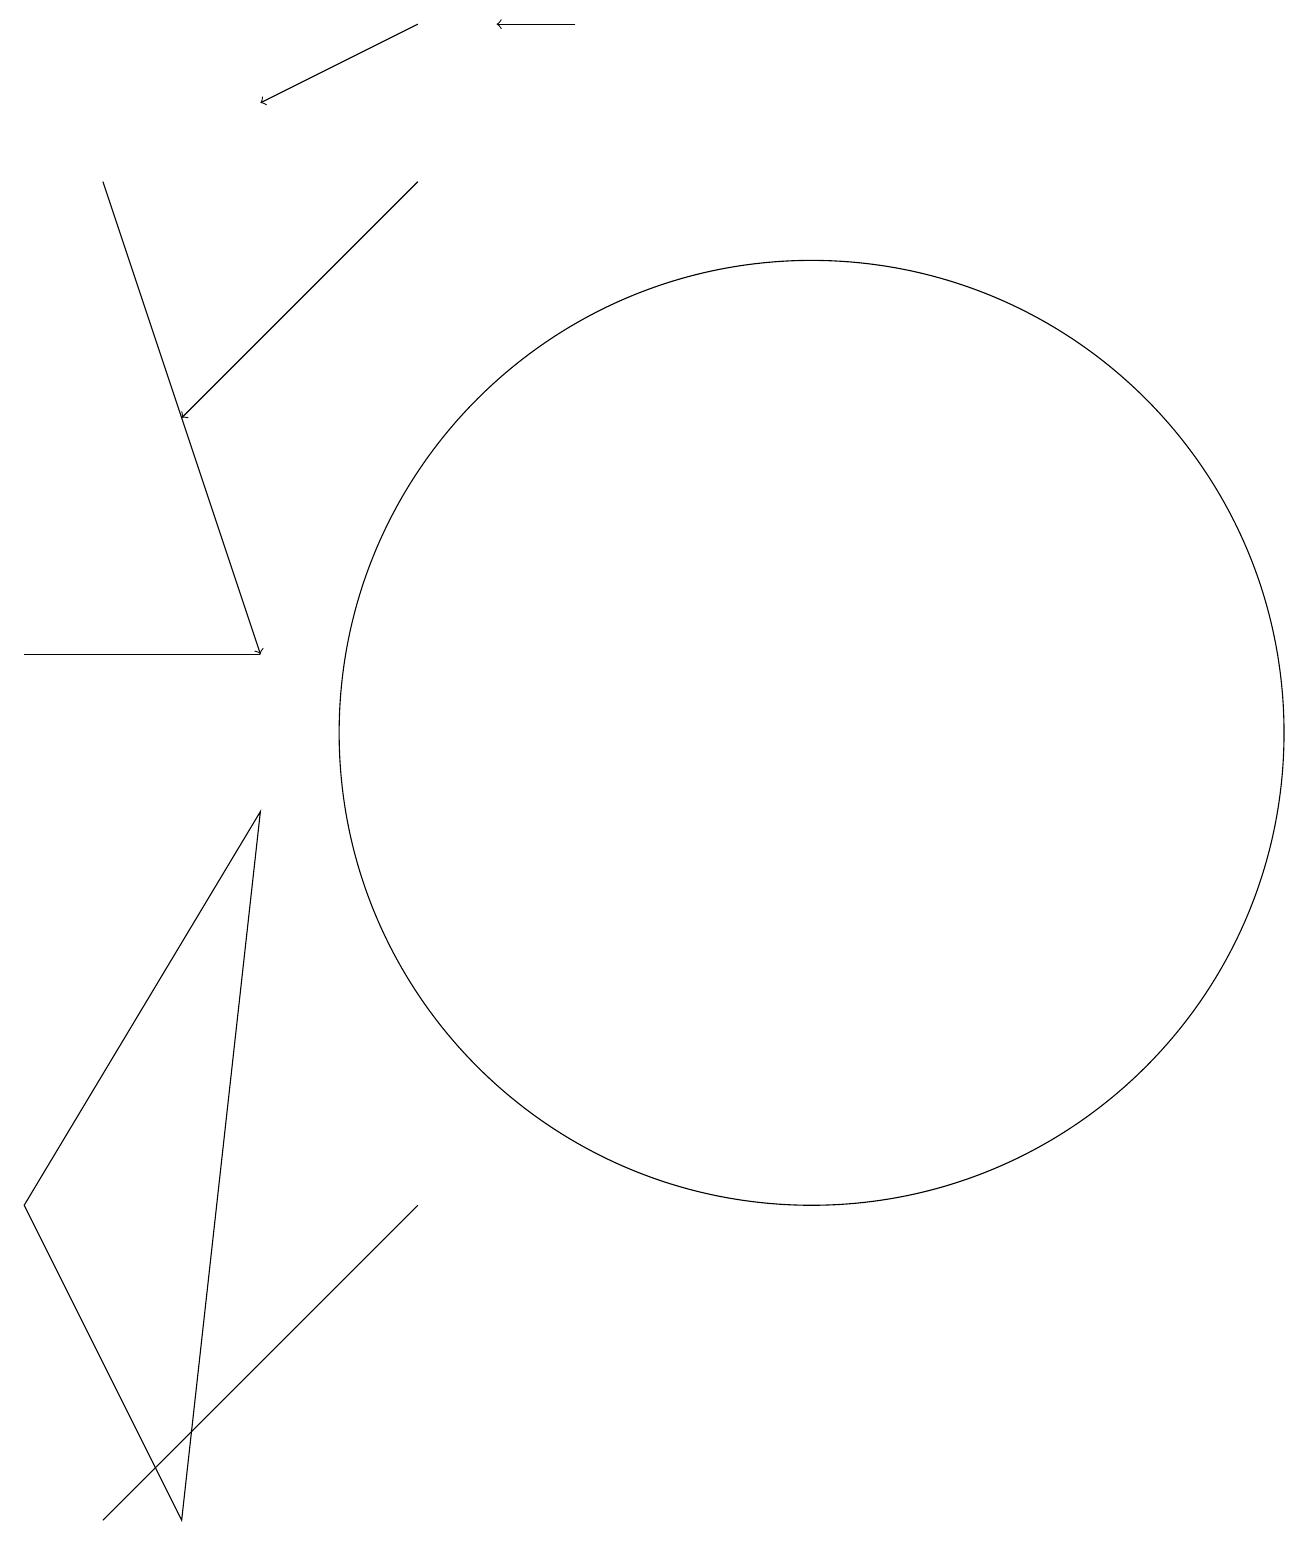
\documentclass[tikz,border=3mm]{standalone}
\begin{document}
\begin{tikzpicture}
\draw (1,11) rectangle (4,11);
\draw[->] (8,19) -- (7,19);
\draw (3,0) -- (4,9) -- (1,4) -- cycle;
\draw (11,10) circle (6);
\draw (2,0) -- (4,2) -- (6,4) -- cycle;
\draw[->] (6,19) -- (4,18);
\draw[->] (2,17) -- (4,11);
\draw[->] (6,17) -- (3,14);
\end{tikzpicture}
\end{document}